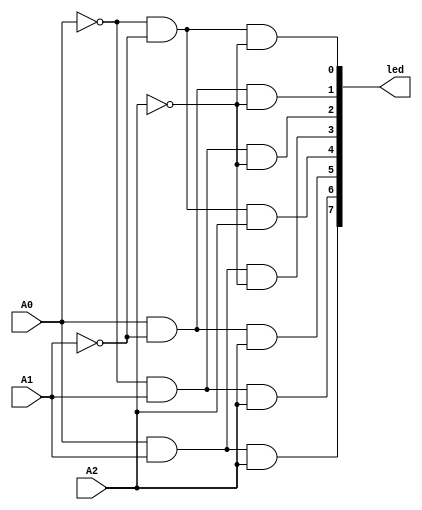
`timescale 1ns / 1ps
//////////////////////////////////////////////////////////////////////////////////
// Company: 
// Engineer: 
// 
// Design Name: 
// Module Name:    lab52a 
// Project Name: 
// Target Devices: 
// Tool versions: 
// Description: 
//
// Dependencies: 
//
// Revision: 
// Revision 0.01 - File Created
// Additional Comments: 
//
//////////////////////////////////////////////////////////////////////////////////
module lab52a(
input A0,
input A1,
input A2,
output [7:0] led

    );

assign led[0]=~A0&~A1&~A2;
assign led[1]=A0&~A1&~A2;
assign led[2]=~A0&A1&~A2;
assign led[3]=A0&A1&~A2;
assign led[4]=~A0&~A1&A2;
assign led[5]=A0&~A1&A2;
assign led[6]=~A0&A1&A2;
assign led[7]=A0&A1&A2;
endmodule